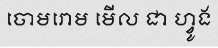
ចោមរោម មើល ជា ហ្វូង